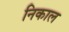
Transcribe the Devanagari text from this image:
निकाल